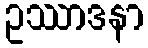
ဥဿာဒနာ